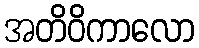
အတိဝိကာလော